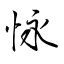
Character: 怺